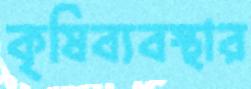
কৃষিব্যবস্থার